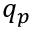
q _ { p }